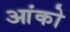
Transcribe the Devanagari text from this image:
आंको